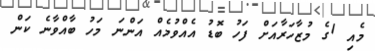
މެއި 1ގެ މުޒާހަރާއަށް ފަހު ބޮޑު އެއްވުމެއް އަންނަ މަހު ބާއްވާނެ ކަން